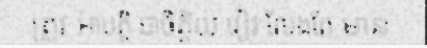
ត្រូវ អាបត្តិ បាចិត្តិយ វៀរ លែងតែ មាន